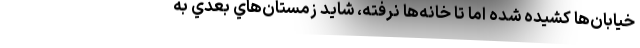
خيابان‌ها كشيده شده اما تا خانه‌ها نرفته، شايد زمستان‌هاي بعدي به